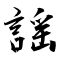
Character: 謡